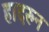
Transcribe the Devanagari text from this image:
हादरुन